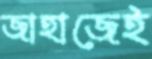
জাহাজেই